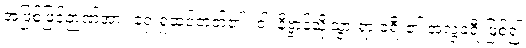
အဖြစ်ဖြင့်ဉာဏ်အား ရှေးရှုထင်တတ်၏။ ဝါ၊ နိဗ္ဗာန်သို့သွားရာ ခရီး၏ အလွဲခရီးဖြစ်၍